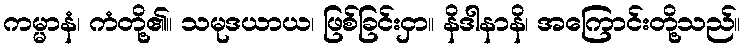
ကမ္မာနံ၊ ကံတို့၏။ သမုဒယာယ၊ ဖြစ်ခြင်းငှာ။ နိဒါနာနိ၊ အကြောင်းတို့သည်။